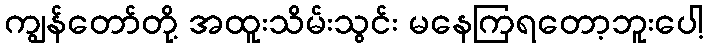
ကျွန်တော်တို့ အထူးသိမ်းသွင်း မနေကြရတော့ဘူးပေါ့